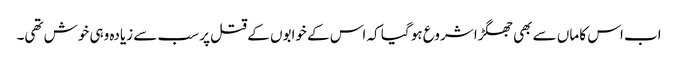
اب اس کا ماں سے بھی جھگڑا شروع ہو گیا کہ اس کے خوابوں کے قتل پر سب سے زیادہ وہی خوش تھی۔